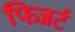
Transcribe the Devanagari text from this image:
फिन्नर्ट